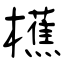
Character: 櫵